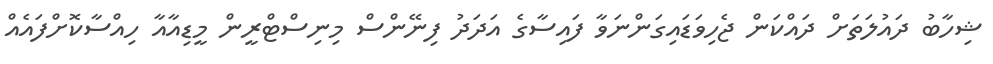
ޝިހާބު ދައުލަތަށް ދައްކަން ޖެހިވަޑައިގަންނަވާ ފައިސާގެ އަދަދު ފިނޭންސް މިނިސްޓްރީން މީޑިއާއާ ހިއްސާކޮށްފައެއް